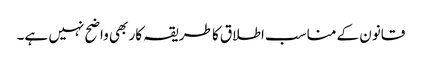
قانون کے مناسب اطلاق کا طریقہ کار بھی واضح نہیں ہے۔